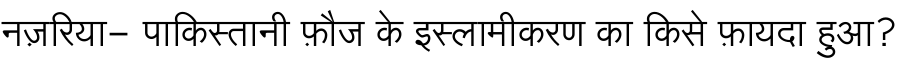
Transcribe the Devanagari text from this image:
नज़रिया- पाकिस्तानी फ़ौज के इस्लामीकरण का किसे फ़ायदा हुआ?